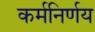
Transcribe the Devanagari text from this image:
कर्मनिर्णय